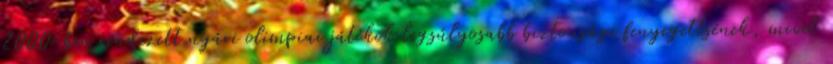
2000-ben rendezett nyári olimpiai játékok legsúlyosabb biztonsági fenyegetésének, mivel